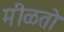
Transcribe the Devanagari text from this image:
मीळतो